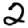
Digit: 2